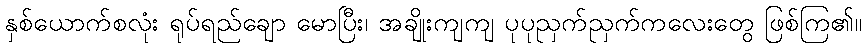
နှစ်ယောက်စလုံး ရုပ်ရည်ချော မောပြီး၊ အချိုးကျကျ ပုပုညှက်ညှက်ကလေးတွေ ဖြစ်ကြ၏။